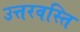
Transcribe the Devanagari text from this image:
उत्तरवस्ति